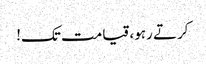
کرتے رہو، قیامت تک!